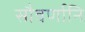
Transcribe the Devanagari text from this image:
सौवर्णानि